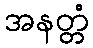
အနတ္တံ